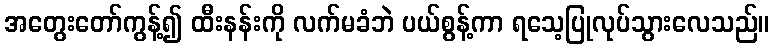
အတွေးတော်ကွန့်၍ ထီးနန်းကို လက်မခံဘဲ ပယ်စွန့်ကာ ရသေ့ပြုလုပ်သွားလေသည်။